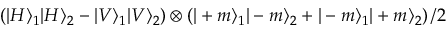
\left( | H \rangle _ { 1 } | H \rangle _ { 2 } - | V \rangle _ { 1 } | V \rangle _ { 2 } \right) \otimes \left( | + m \rangle _ { 1 } | - m \rangle _ { 2 } + | - m \rangle _ { 1 } | + m \rangle _ { 2 } \right) / 2